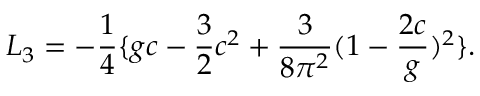
L _ { 3 } = - { \frac { 1 } { 4 } } \{ g c - { \frac { 3 } { 2 } } c ^ { 2 } + { \frac { 3 } { 8 \pi ^ { 2 } } } ( 1 - { \frac { 2 c } { g } } ) ^ { 2 } \} .